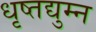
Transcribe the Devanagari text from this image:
धृष्तद्युम्न